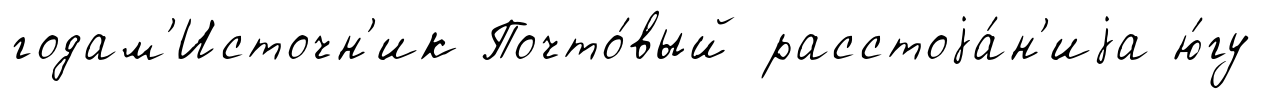
годам'Источн'ик Почто́вый расстоjа́н'иjа ю́гу